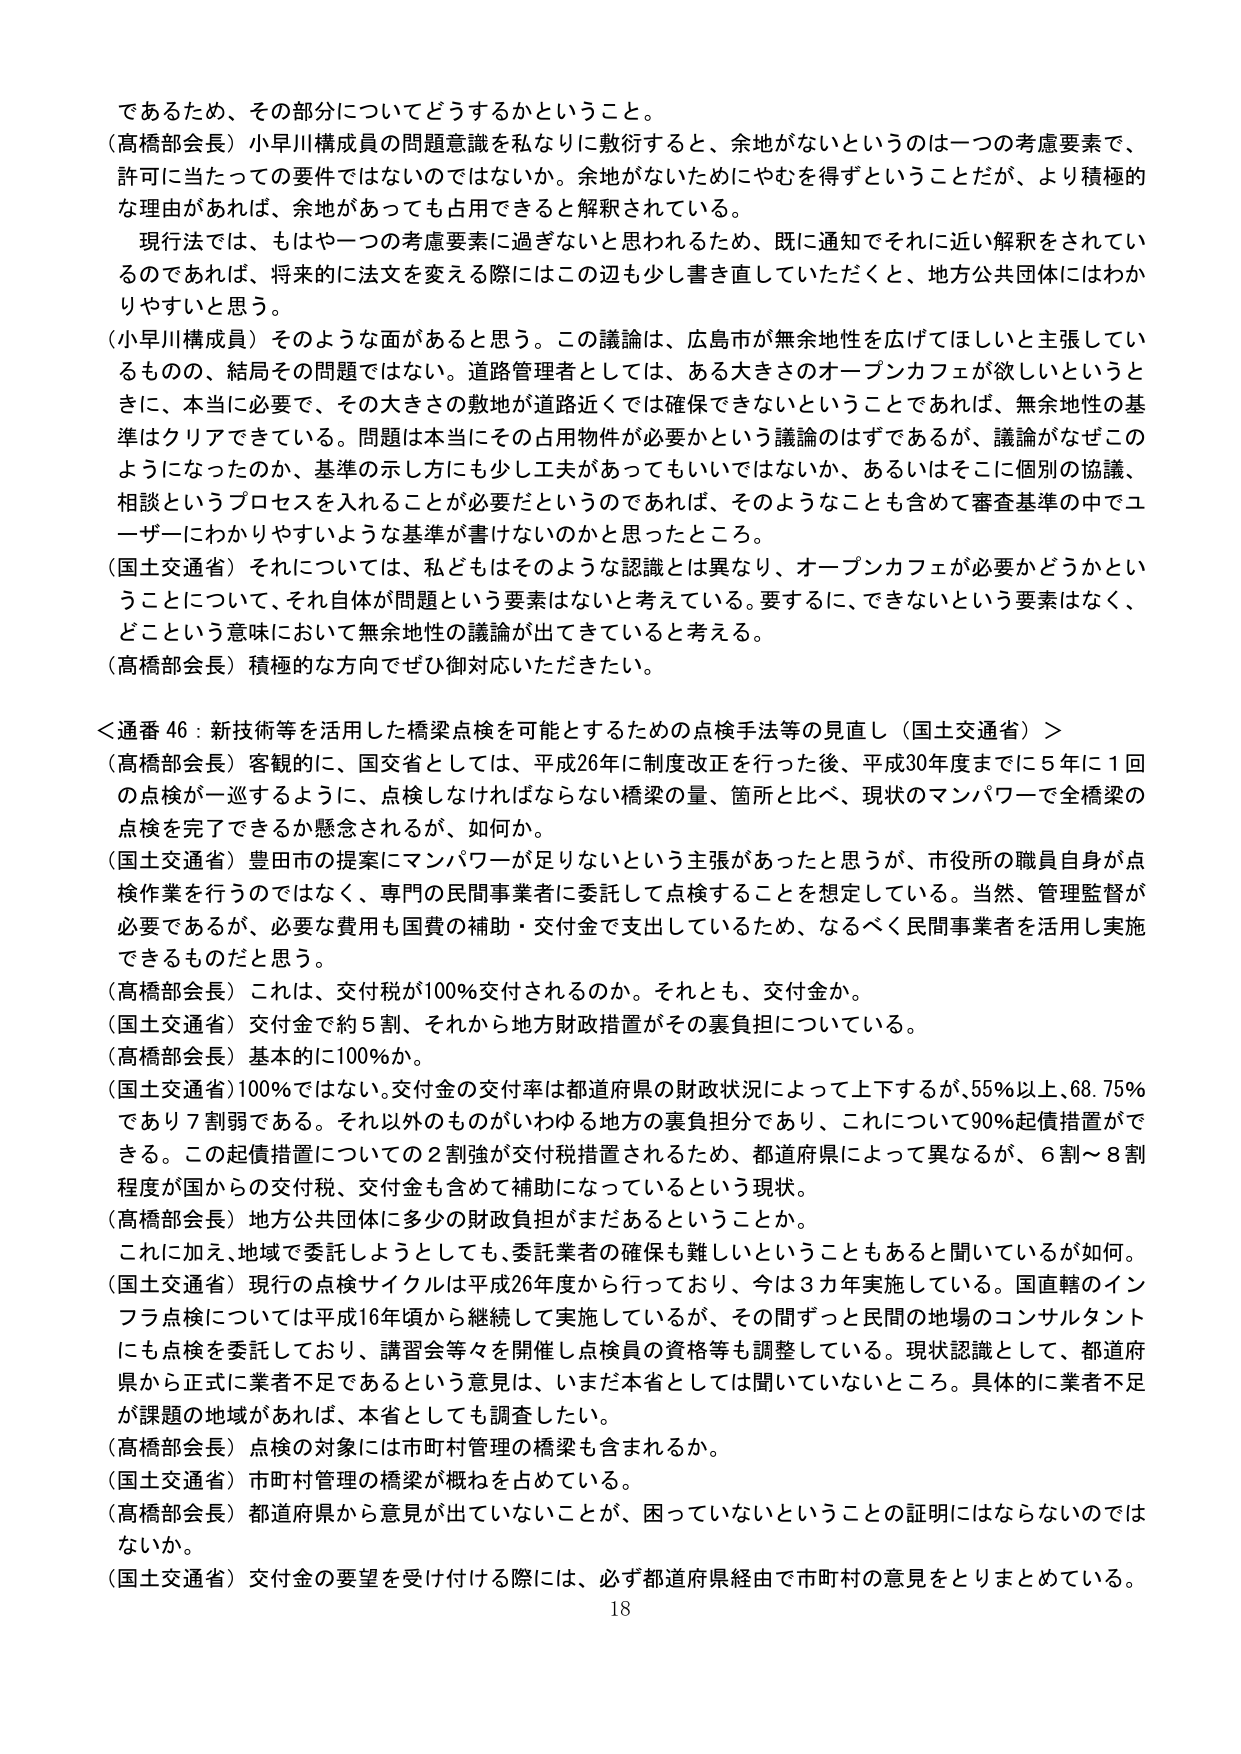
であるため、その部分についてどうするかということ。

（高橋部会長）小早川構成員の問題意識を私なりに敷衍すると、余地がないというのは一つの考慮要素で、許可に当たっての要件ではないのではないか。余地がないためにやむを得ずということだが、より積極的な理由があれば、余地があっても占用できると解釈されている。

現行法では、もはや一つの考慮要素に過ぎないと思われるため、既に通知でそれに近い解釈をされているのであれば、将来的に法文を変える際にはこの辺も少し書き直していただくと、地方公共団体にはわかりやすいと思う。

（小早川構成員）そのような面があると思う。この議論は、広島市が無余地性を広げてほしいと主張しているものの、結局その問題ではない。道路管理者としては、ある大きさのオープンカフェが欲しいというときに、本当に必要で、その大きさの敷地が道路近くでは確保できないということであれば、無余地性の基準はクリアできている。問題は本当にその占用物件が必要かという議論のはずであるが、議論がなぜこのようになったのか、基準の示し方にも少し工夫があってもいいではないか、あるいはそこに個別の協議、相談というプロセスを入れることが必要だというのであれば、そのようなことも含めて審査基準の中でユーザーにわかりやすいような基準が書けないのかと思ったところ。

（国土交通省）それについては、私どもはそのような認識とは異なり、オープンカフェが必要かどうかということについて、それ自体が問題という要素はないと考えている。要するに、できないという要素はなく、どこという意味において無余地性の議論が出てきていると考える。

（高橋部会長）積極的な方向でぜひ御対応いただきたい。

＜通番 46：新技術等を活用した橋梁点検を可能とするための点検手法等の見直し（国土交通省）＞

（高橋部会長）客観的に、国交省としては、平成26年に制度改正を行った後、平成30年度までに5年に1回の点検が一巡するように、点検しなければならない橋梁の量、箇所と比べ、現状のマンパワーで全橋梁の点検を完了できるか懸念されるが、如何か。

（国土交通省）豊田市の提案にマンパワーが足りないという主張があったと思うが、市役所の職員自身が点検作業を行うのではなく、専門の民間事業者に委託して点検することを想定している。当然、管理監督が必要であるが、必要な費用も国費の補助・交付金で支出しているため、なるべく民間事業者を活用し実施できるものだと思う。

（高橋部会長）これは、交付税が100％交付されるのか。それとも、交付金か。

（国土交通省）交付金で約5割、それから地方財政措置がその裏負担についている。

（高橋部会長）基本的に100％か。

（国土交通省）100％ではない。交付金の交付率は都道府県の財政状況によって上下するが、55％以上、68.75％であり7割弱である。それ以外のものがいわゆる地方の裏負担分であり、これについて90％起債措置ができる。この起債措置についての2割強が交付税措置されるため、都道府県によって異なるが、6割～8割程度が国からの交付税、交付金も含めて補助になっているという現状。

（高橋部会長）地方公共団体に多少の財政負担がまだあるということか。

これに加え、地域で委託しようとしても、委託業者の確保も難しいということもあると聞いているが如何。

（国土交通省）現行の点検サイクルは平成26年度から行っており、今は3カ年実施している。国直轄のインフラ点検については平成16年頃から継続して実施しているが、その間ずっと民間の地域のコンサルタントにも点検を委託しており、講習会等々を開催し点検員の資格等も調整している。現状認識として、都道府県から正式に業者不足であるという意見は、いまだ本省としては聞いていないところ。具体的に業者不足が課題の地域があれば、本省としても調査したい。

（高橋部会長）点検の対象には市町村管理の橋梁も含まれるか。

（国土交通省）市町村管理の橋梁が概ねを占めている。

（高橋部会長）都道府県から意見が出ていないことが、困っていないということの証明にはならないのではないか。

（国土交通省）交付金の要望を受け付ける際には、必ず都道府県経由で市町村の意見をとりまとめている。

18